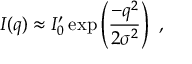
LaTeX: I ( q ) \approx I _ { 0 } ^ { \prime } \exp \left( { \frac { - q ^ { 2 } } { 2 \sigma ^ { 2 } } } \right) \ ,